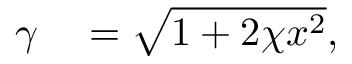
\begin{array} { r l } { \gamma } & { { } = \sqrt { 1 + 2 \chi x ^ { 2 } } , } \end{array}